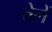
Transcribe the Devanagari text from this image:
तेलें